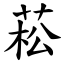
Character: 菘